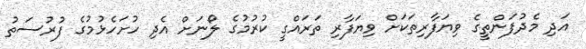
އަދި މެދުފަންތީގެ ވިޔަފާރިތަކަށް ވިޔަފާރި ތަރައްގީ ކުރުމުގެ ލޯނަށް އެދި ހުށަހެޅުމުގެ ފުރުސަތު